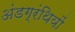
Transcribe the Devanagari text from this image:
अंडग्रंथियों